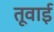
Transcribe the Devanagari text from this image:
तूवाई